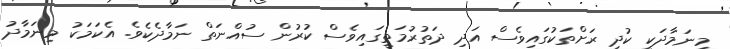
މިނަމާދަކީ ކުދި ރަށްތަކުގައިވެސް އަދި ދަތުރުމަތީގައިވެސް ކުރުން ސުއްނަތް ނަމާދެކެވެ. އެކަމަކު މިނަމާދު